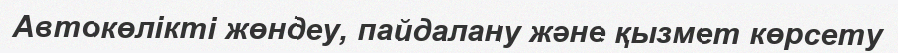
Автокөлікті жөндеу, пайдалану және қызмет көрсету